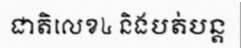
ជាតិលេខ៤ និងបត់បន្ត